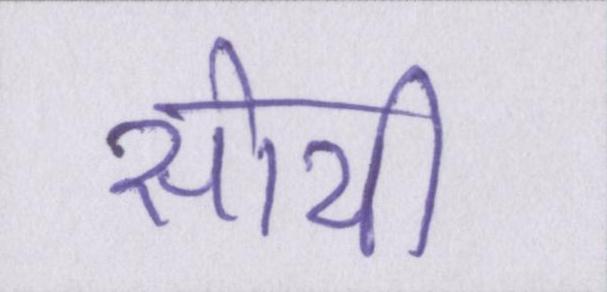
सोयी